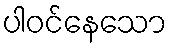
ပါဝင်နေသော